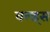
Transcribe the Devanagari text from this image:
वल्ड्स